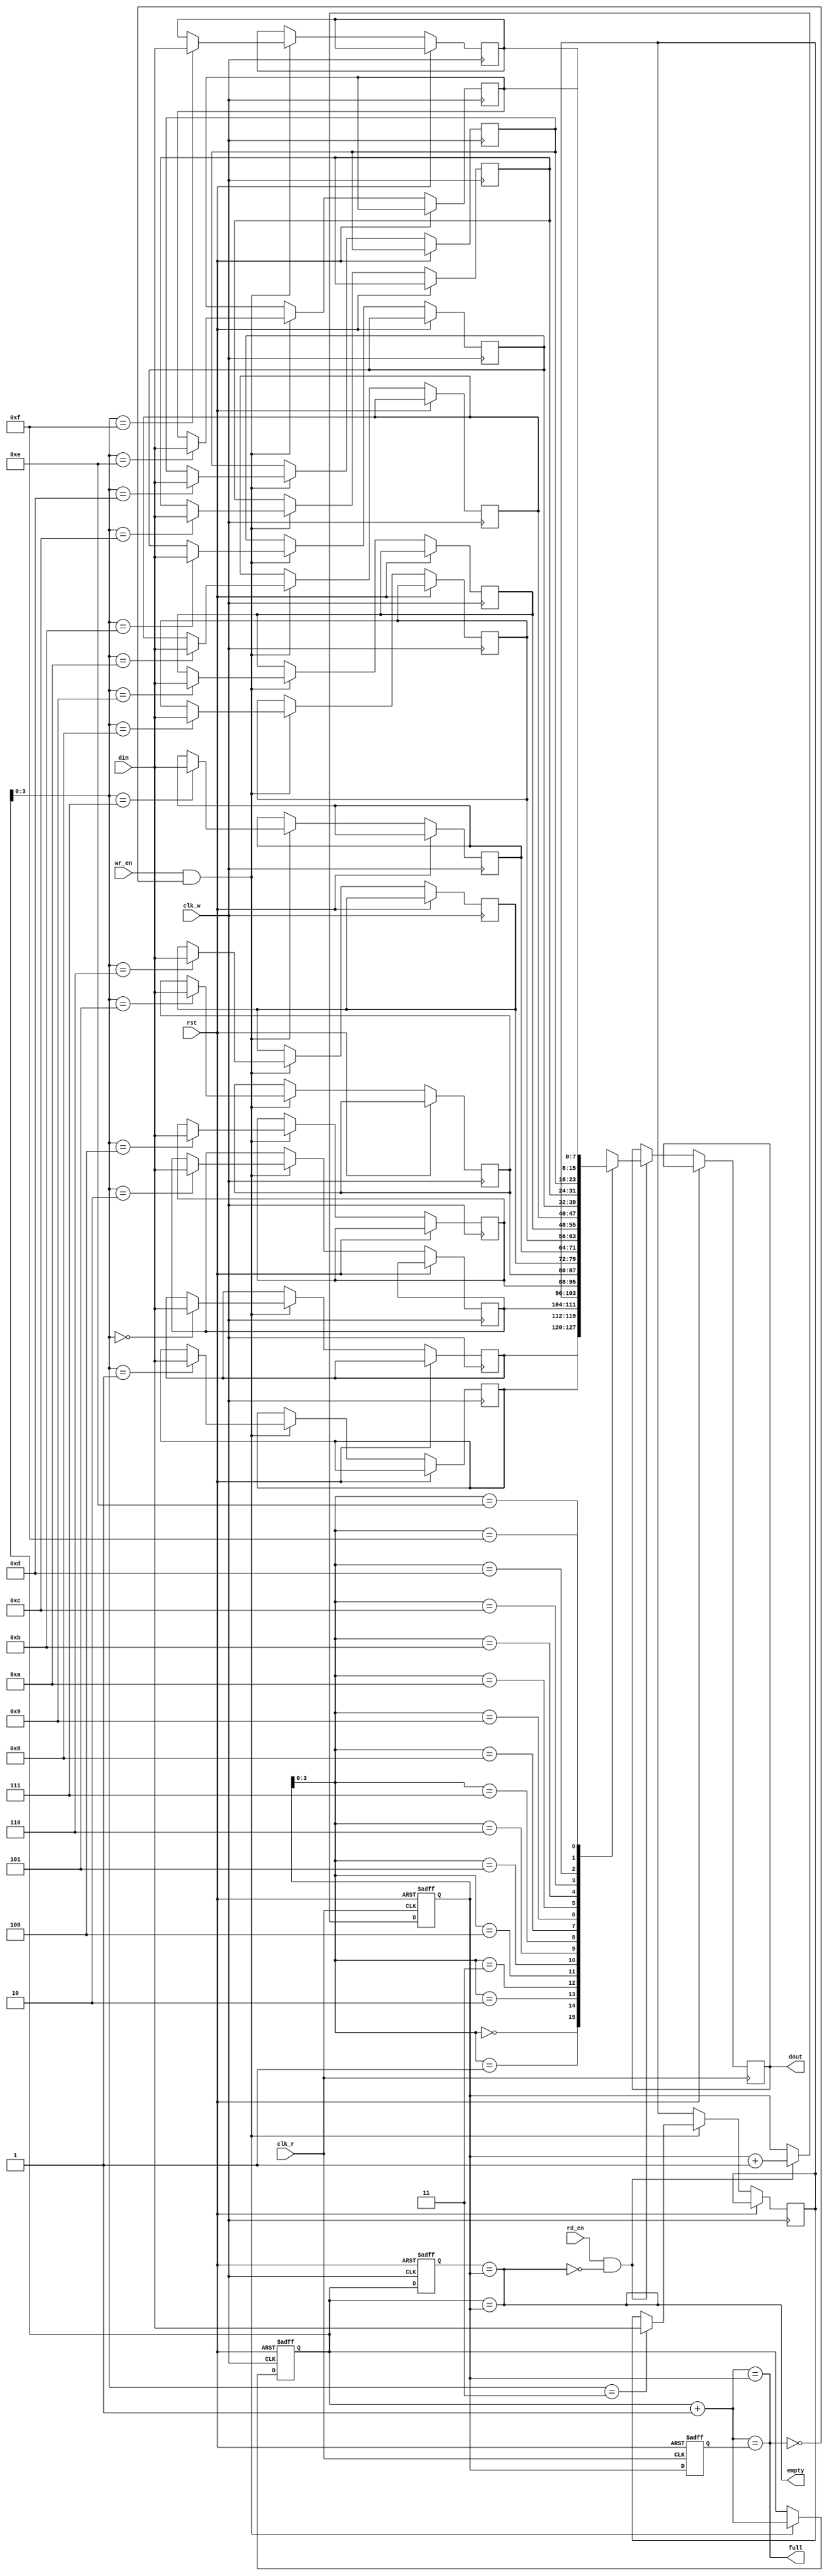
module async_fifo #(
    parameter DATA_WIDTH = 8,  // Width of the data
    parameter FIFO_DEPTH = 16   // Depth of the FIFO
)(
    input wire clk_w,           // Write clock
    input wire clk_r,           // Read clock
    input wire rst,             // Reset signal
    input wire [DATA_WIDTH-1:0] din,  // Data input
    input wire wr_en,           // Write enable
    input wire rd_en,           // Read enable
    output reg [DATA_WIDTH-1:0] dout, // Data output
    output reg full,            // Full flag
    output reg empty            // Empty flag
);

    // Memory array (FIFO storage)
    reg [DATA_WIDTH-1:0] mem [0:FIFO_DEPTH-1];
    
    // Write and read pointers
    reg [$clog2(FIFO_DEPTH):0] wp, rp;

    // Synchronizers for read and write pointers
    reg [$clog2(FIFO_DEPTH):0] rp_sync;  // Synchronized read pointer
    reg [$clog2(FIFO_DEPTH):0] wp_sync;  // Synchronized write pointer

    // Pointer logic
    wire [($clog2(FIFO_DEPTH)):0] wp_next = wp + 1;
    wire [($clog2(FIFO_DEPTH)):0] rp_next = rp + 1;
    
    // FIFO full condition
    assign full = (wp_next == rp);
    // FIFO empty condition
    assign empty = (wp == rp);

    // Write operation
    always @(posedge clk_w or posedge rst) begin
        if (rst) begin
            wp <= 0;
        end else if (wr_en && !full) begin
            mem[wp[$clog2(FIFO_DEPTH)-1:0]] <= din; // Write data
            wp <= wp_next;                          // Increment write pointer
        end
    end

    // Read operation
    always @(posedge clk_r or posedge rst) begin
        if (rst) begin
            rp <= 0;
        end else if (rd_en && !empty) begin
            dout <= mem[rp[$clog2(FIFO_DEPTH)-1:0]]; // Read data
            rp <= rp_next;                             // Increment read pointer
        end
    end
    
    // Synchronizing the pointers
    always @(posedge clk_w or posedge rst) begin
        if (rst) begin
            wp_sync <= 0;
        end else begin
            wp_sync <= wp;
        end
    end

    always @(posedge clk_r or posedge rst) begin
        if (rst) begin
            rp_sync <= 0;
        end else begin
            rp_sync <= rp;
        end
    end

    // Update full and empty flags based on pointer synchronization
    always @* begin
        full = (wp_next == rp_sync);
        empty = (wp_sync == rp);
    end

endmodule